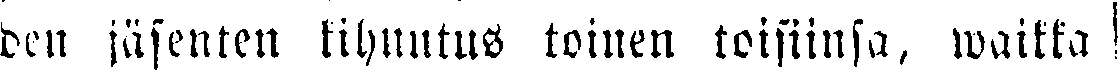
den jäsenten kihnutus toinen toisiinsa, waikka